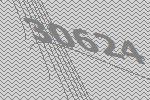
30624